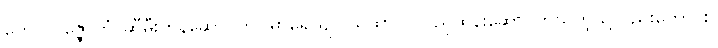
တေလပဇ္ဇောတံ၊ ဆီမီးတန်ဆောင်ကို။ ဓာရေယျ (ယထာ) ဝါ၊ ညှိထွန်းဆောင်ဘိသကဲ့သို့လည်းကောင်း။